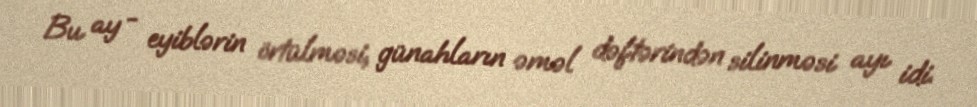
Bu ay - eyiblərin örtülməsi, günahların əməl dəftərindən silinməsi ayı idi.